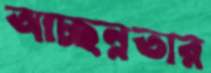
আচ্ছন্নতার